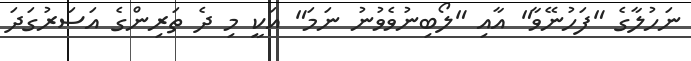
ނަހުލާގެ "ފަހުނޭވާ" އާއި "ލޯބިނުވެވުނު ނަމަ" އަކީ މި ދެ ތަރިންގެ އަސަރުގަދަ